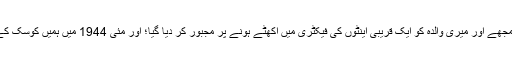
جرمنوں کے ہنگری پر قبضہ کرنے کے ایک مہینے بعد مجھے اور میری والدہ کو ایک قریبی اینٹوں کی فیکٹری میں اکھٹے ہونے پر مجبور کر دیا گیا؛ اور مئی 1944 میں ہمیں کوسک کے بیشتر یہودیوں کے ساتھ آش وٹز میں جلاوطن کر دیا گیا۔